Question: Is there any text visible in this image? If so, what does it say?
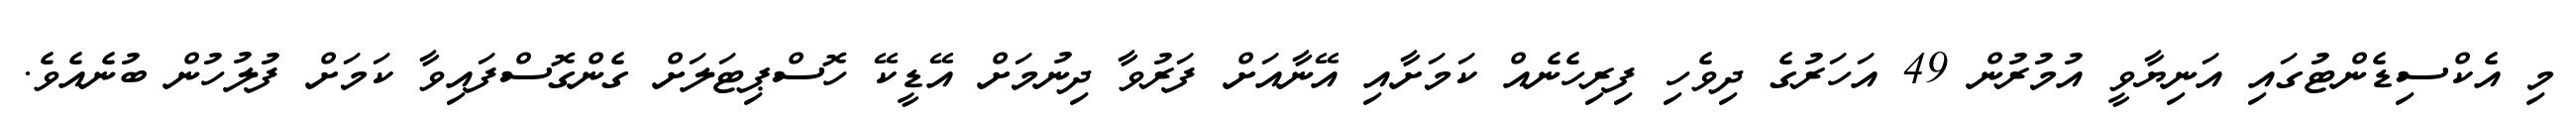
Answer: މި އެކްސިޑެންޓުގައި އަނިޔާވީ އުމުރުން 49 އަހަރުގެ ދިވެހި ފިރިހެނެއް ކަމަށާއި އޭނާއަށް ފަރުވާ ދިނުމަށް އޭޑީކޭ ހޮސްޕިޓަލަށް ގެންގޮސްފައިވާ ކަމަށް ފުލުހުން ބުނެއެވެ.